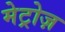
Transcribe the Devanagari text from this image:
मेट्रोज़